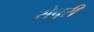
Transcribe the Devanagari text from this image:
सेचुरी